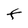
Character: F